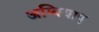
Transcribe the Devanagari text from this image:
अम्बियाए